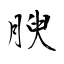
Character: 腴